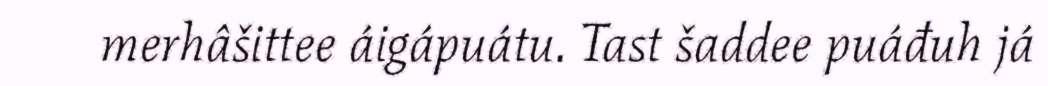
merhâšittee áigápuátu. Tast šaddee puáđuh já